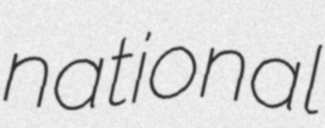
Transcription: national